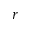
r